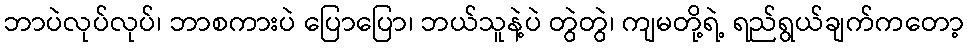
ဘာပဲလုပ်လုပ်၊ ဘာစကားပဲ ပြောပြော၊ ဘယ်သူနဲ့ပဲ တွဲတွဲ၊ ကျမတို့ရဲ့ ရည်ရွယ်ချက်ကတော့